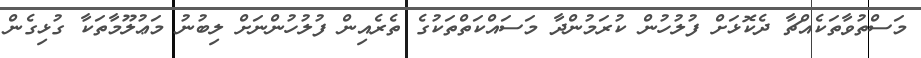
މަސްތުވާތަކެއްޗާ ދެކޮޅަށް ފުލުހުން ކުރަމުންދާ މަސައްކަތްތަކުގެ ތެރެއިން ފުލުހުންނަށް ލިބުނު މަޢުލޫމާތަކާ ގުޅިގެން